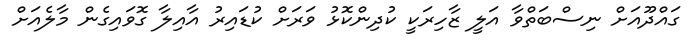
ގައްދޫއަށް ނިސްބަތްވާ އަލީ ޒާހިރަކީ ކުދިންކޮޅު ވަރަށް ކުޑައިރު އާއިލާ ގޮވައިގެން މާލެއަށް